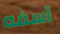
آسفه